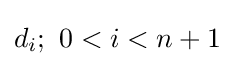
d_{i};\ 0<i<n+1